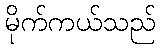
မိုက်ကယ်သည်